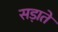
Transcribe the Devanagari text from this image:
सड़ाते